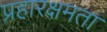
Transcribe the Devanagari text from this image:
प्रहारक्षमता